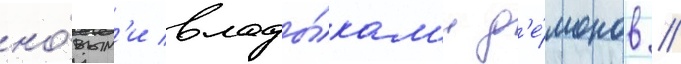
но́вым'и влады́кам'и д'е́монов //